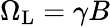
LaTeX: \Omega_{\mathrm{L}}=\gamma B